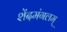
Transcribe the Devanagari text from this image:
शेंदमंगलम्